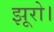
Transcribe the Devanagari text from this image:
झूरो।